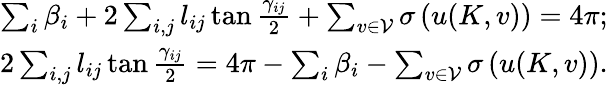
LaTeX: \begin{array}{r}{\sum_{i}\beta_{i}+2\sum_{i,j}l_{ij}\tan{\frac{\gamma_{ij}}2}+\sum_{v\in\mathcal{V}}\sigma\left(u(K,v)\right)=4\pi;}\\ {2\sum_{i,j}l_{ij}\tan{\frac{\gamma_{ij}}2}=4\pi-\sum_{i}\beta_{i}-\sum_{v\in\mathcal{V}}\sigma\left(u(K,v)\right).}\end{array}